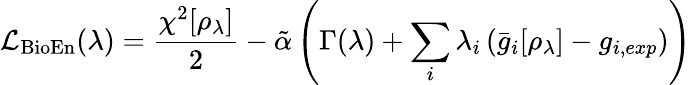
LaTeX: \mathcal{L}_{\textrm{BioEn}}(\lambda)=\frac{\chi^{2}[\rho_{\lambda}]}{2}-\tilde{\alpha}\left(\Gamma(\lambda)+\sum_{i}\lambda_{i}\left(\bar{g}_{i}[\rho_{\lambda}]-g_{i,exp}\right)\right)